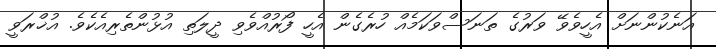
އަނެކުންނަށް އެހީވެވޭ ވަރުގެ ތަނަސްވަކަމެއް ހުރެގެން އެހީ ފޯރުއްވެވި ދީލަތި އުޅުންތެރިއެކެވެ. އުޚްރަވީ